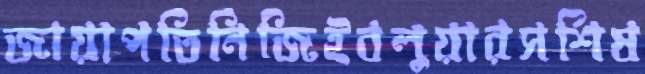
জায়াপতিনিজিইবলুয়ারসশিষ